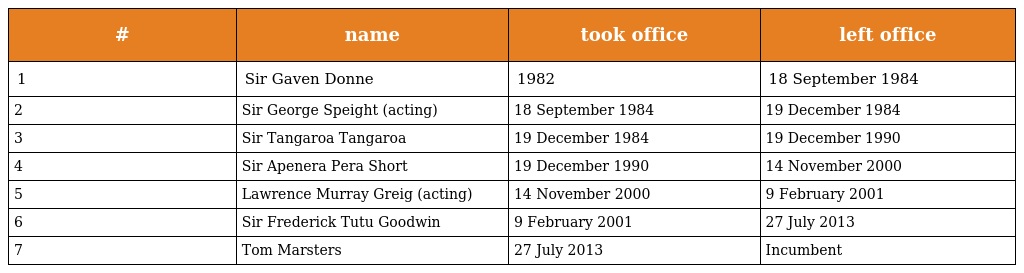
| # | name | took office | left office |
 | --- | --- | --- | --- |
 | 1 | Sir Gaven Donne | 1982 | 18 September 1984 |
 | 2 | Sir George Speight (acting) | 18 September 1984 | 19 December 1984 |
 | 3 | Sir Tangaroa Tangaroa | 19 December 1984 | 19 December 1990 |
 | 4 | Sir Apenera Pera Short | 19 December 1990 | 14 November 2000 |
 | 5 | Lawrence Murray Greig (acting) | 14 November 2000 | 9 February 2001 |
 | 6 | Sir Frederick Tutu Goodwin | 9 February 2001 | 27 July 2013 |
 | 7 | Tom Marsters | 27 July 2013 | Incumbent |